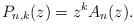
LaTeX: \begin{align*}P_{n,k}(z)=z^kA_n(z).\end{align*}